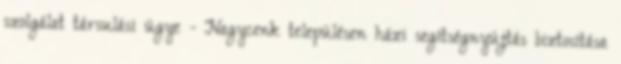
szolgálat társulási ügye - Nagycenk településen házi segítségnyújtás biztosítása